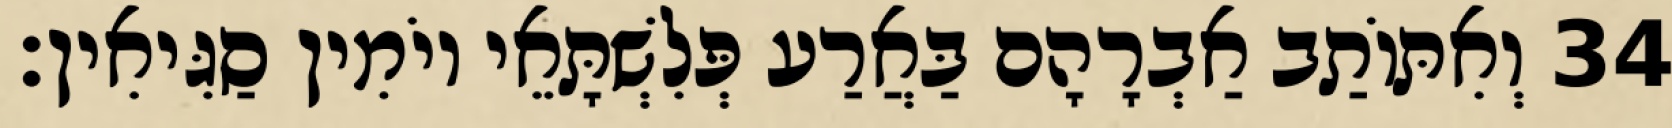
34 וְאִתּוֹתַב אַבְרָהָם בַּאֲרַע פְּלִשְׁתָּאֵי יוֹמִין סַגִּיאִין׃